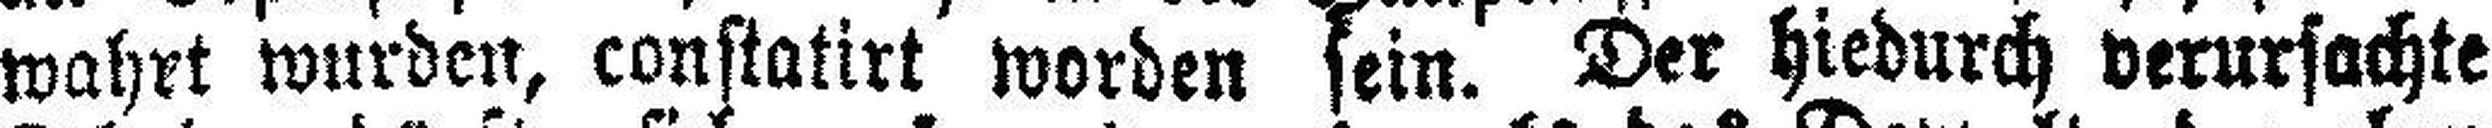
wahrt wurden, constatirt worden sein. Der hiedurch verursachte